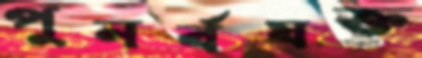
পুনর্বযক্ত